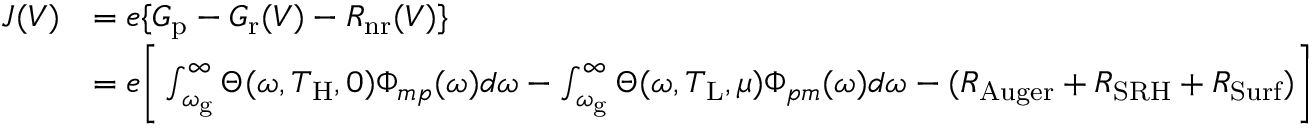
\begin{array} { r l } { J ( V ) } & { = e \{ G _ { \mathrm { p } } - G _ { \mathrm { r } } ( V ) - R _ { \mathrm { n r } } ( V ) \} } \\ & { = e \Biggr [ \int _ { \omega _ { \mathrm { g } } } ^ { \infty } \Theta ( \omega , T _ { \mathrm { H } } , 0 ) \Phi _ { m p } ( \omega ) d \omega - \int _ { \omega _ { \mathrm { g } } } ^ { \infty } \Theta ( \omega , T _ { \mathrm { L } } , \mu ) \Phi _ { p m } ( \omega ) d \omega - ( R _ { \mathrm { A u g e r } } + R _ { \mathrm { S R H } } + R _ { \mathrm { S u r f } } ) \Biggr ] } \end{array}